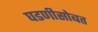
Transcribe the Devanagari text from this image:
घडणीसोबत